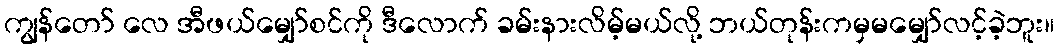
ကျွန်တော် လေ အီဖယ်မျှော်စင်ကို ဒီလောက် ခမ်းနားလိမ့်မယ်လို့ ဘယ်တုန်းကမှမမျှော်လင့်ခဲ့ဘူး။